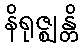
နိရုဇ္ဈန္တိ